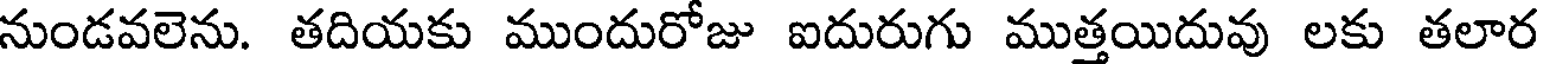
నుండవలెను. తదియకు ముందురోజు ఐదురుగు ముత్తయిదువు లకు తలార